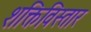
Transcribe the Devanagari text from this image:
शक्तिविस्तार